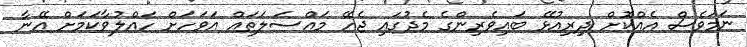
ނަމަވެސް އެއްކޮށް ދިރިއުޅޭ ބައިވެރިންގެ މެދުގައި ޖެހޭ މައްސަލަތައް އަވަހަށް ހައްލުވާކަމަށް އޭނާ